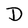
Character: D